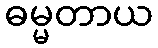
ဓမ္မတာယ